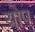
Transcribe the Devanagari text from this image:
योप